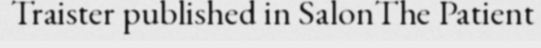
Traister published in SalonThe Patient